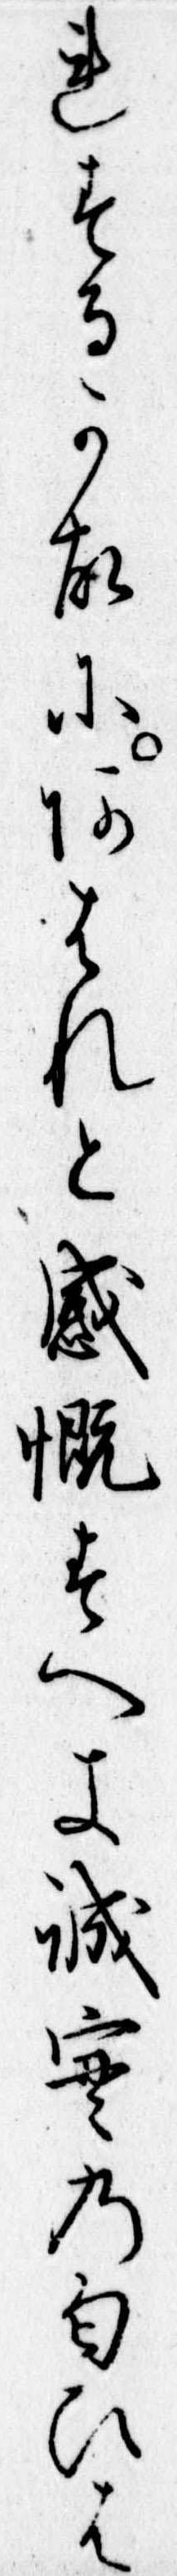
れするか故にあはれと感慨すへき誠実の匂ひは